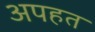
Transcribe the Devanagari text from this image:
अपहत